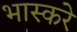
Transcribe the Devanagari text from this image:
भास्करे